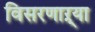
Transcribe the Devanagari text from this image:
विसरणाऱ्या